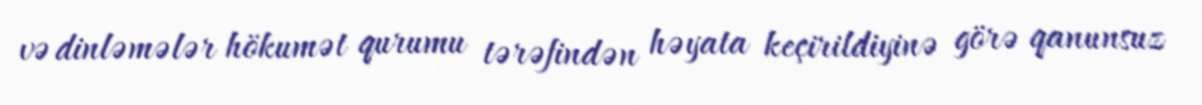
və dinləmələr hökumət qurumu tərəfindən həyata keçirildiyinə görə qanunsuz